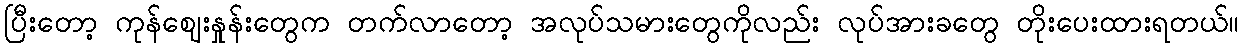
ပြီးတော့ ကုန်ဈေးနှုန်းတွေက တက်လာတော့ အလုပ်သမားတွေကိုလည်း လုပ်အားခတွေ တိုးပေးထားရတယ်။